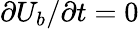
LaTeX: {\partial U_{b}}/{\partial t}=0